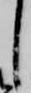
し